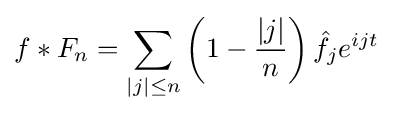
f*F_{n}=\sum _{|j|\leq n}\left(1-{\frac {|j|}{n}}\right){\hat {f}}_{j}e^{ijt}